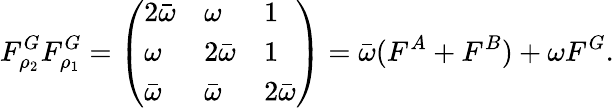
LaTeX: F_{\rho_{2}}^{G}F_{\rho_{1}}^{G}=\left(\begin{array}{lll}{2\bar{\omega}}&{\omega}&{1}\\ {\omega}&{2\bar{\omega}}&{1}\\ {\bar{\omega}}&{\bar{\omega}}&{2\bar{\omega}}\end{array}\right)=\bar{\omega}(F^{A}+F^{B})+\omega F^{G}.